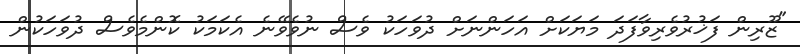
"ޒޫރިން ފަޚުރުވެރިވާފަދަ މަޔަކަށް އަހަންނަށް ދުވަހަކު ވެސް ނުވެވޭނެ އެކަމަކު ކޮންމެވެސް ދުވަހަކުން